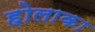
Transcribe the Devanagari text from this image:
होलाका